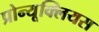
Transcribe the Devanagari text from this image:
प्रोन्यूक्लियस